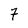
Character: 7